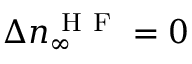
\Delta n _ { \infty } ^ { \mathrm { ~ H ~ F ~ } } = 0